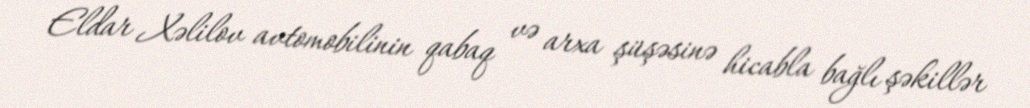
Eldar Xəlilov avtomobilinin qabaq və arxa şüşəsinə hicabla bağlı şəkillər